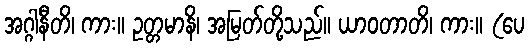
အဂ္ဂါနီတိ၊ ကား။ ဥတ္တမာနိ၊ အမြတ်တို့သည်။ ယာဝတာတိ၊ ကား။ (ပေ